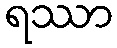
ရဿာ